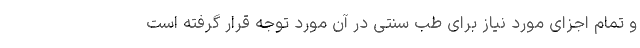
و تمام اجزای مورد نیاز برای طب سنتی در آن مورد توجه قرار گرفته است